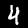
Digit: 4